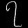
Digit: ၇